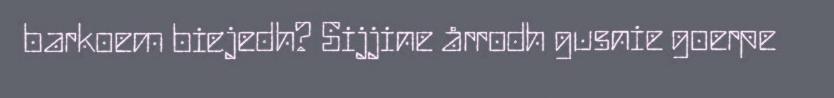
barkoem biejedh? Sijjine årrodh gusnie goerpe